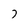
Character: 7